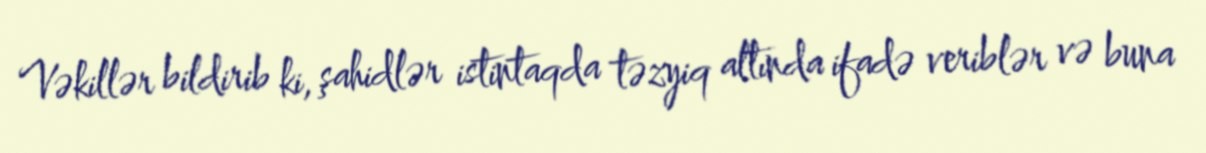
Vəkillər bildirib ki, şahidlər istintaqda təzyiq altında ifadə veriblər və buna